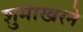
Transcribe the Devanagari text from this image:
शुमाखरने